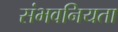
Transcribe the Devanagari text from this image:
संभवनियता